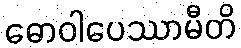
ဓောဝါပေဿာမီတိ